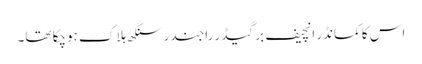
اس کا کمانڈر انچیف برگیڈر راجندر سنگھ ہلاک ہوچکا تھا۔